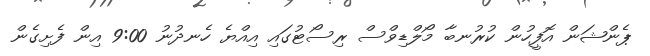
ޕެންޝަން އޮފީހުން ކުރުނބާ މޯލްޑިވްސް ރިސޯޓުގައި އިއްޔެ ހެނދުނު 9:00 އިން ފެށިގެން